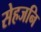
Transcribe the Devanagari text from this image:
सेहजनि